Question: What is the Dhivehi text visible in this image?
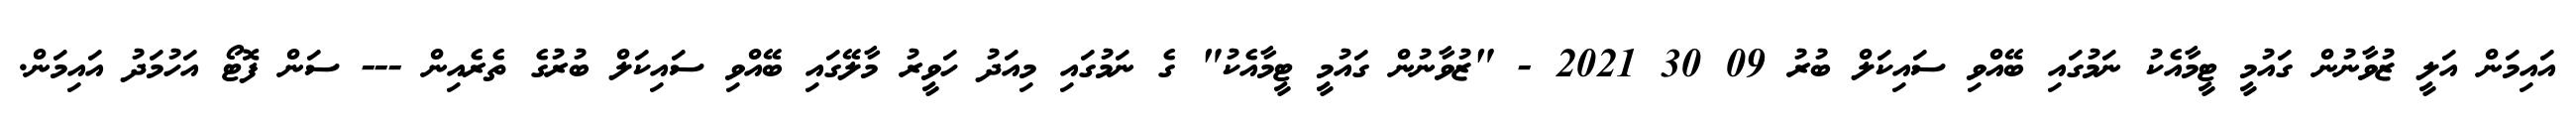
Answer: އައިމަން އަލީ ޒުވާނުން ގައުމީ ޓީމާއެކު ނަމުގައި ބޭއްވި ސައިކަލް ބުރު 09 30 2021 - "ޒުވާނުން ގައުމީ ޓީމާއެކު" ގެ ނަމުގައި މިއަދު ހަވީރު މާލޭގައި ބޭއްވި ސައިކަލް ބުރުގެ ތެރެއިން --- ސަން ފޮޓޯ އަހުމަދު އައިމަން.